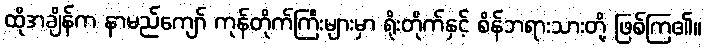
ထိုအချိန်က နာမည်ကျော် ကုန်တိုက်ကြီးများမှာ ရိုးတိုက်နှင့် စိန်ဘရားသားတို့ ဖြစ်ကြ၏။